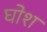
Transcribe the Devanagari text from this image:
घोश